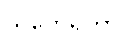
သတေရိတာဝ